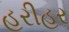
હરીહર